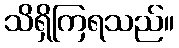
သိရှိကြရသည်။